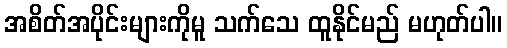
အစိတ်အပိုင်းများကိုမူ သက်သေ ထူနိုင်မည် မဟုတ်ပါ။